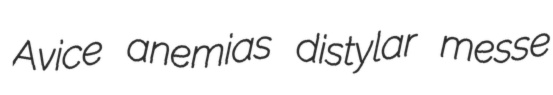
Avice anemias distylar messe